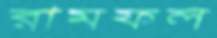
রামফল